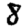
Digit: 8